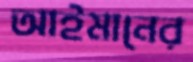
আইমানের